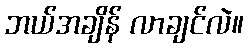
ဘယ်အချိန် လာချင်လဲ။